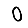
Digit: 0